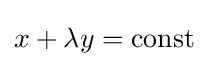
x+\lambda y={\text{const}}